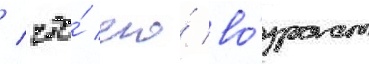
/ что́ его́ во́зраст